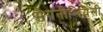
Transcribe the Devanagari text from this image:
मैगनीलियेसी